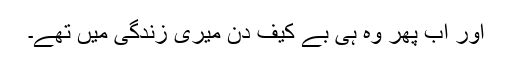
اور اب پھر وہ ہی بے کیف دن میری زندگی میں تھے۔